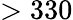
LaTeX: >330